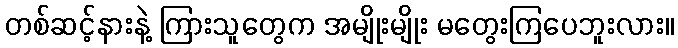
တစ်ဆင့်နားနဲ့ ကြားသူတွေက အမျိုးမျိုး မတွေးကြပေဘူးလား။